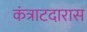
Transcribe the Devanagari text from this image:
कंत्राटदारास